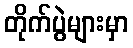
တိုက်ပွဲများမှာ